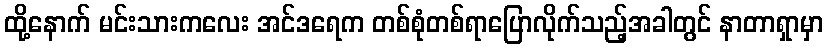
ထို့နောက် မင်းသားကလေး အင်ဒရေက တစ်စုံတစ်ရာပြောလိုက်သည့်အခါတွင် နာတာရှာမှာ